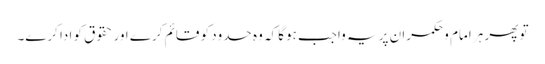
تو پھر ہر امام وحکمران پر یہ واجب ہوگا کہ وہ حدود کو قائم کرے اور حقوق کو ادا کرے۔